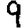
Digit: 9